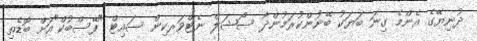
ދުނިޔޭގެ އެންމެ ގިނަ ބަޔަކު ބޭނުންކުރަމުންދާ ސޯޝަލް ނެޓްވަރކިން ސައިޓް "ފޭސްބުކް"އަށް ބޮޑެތި